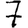
Digit: 7